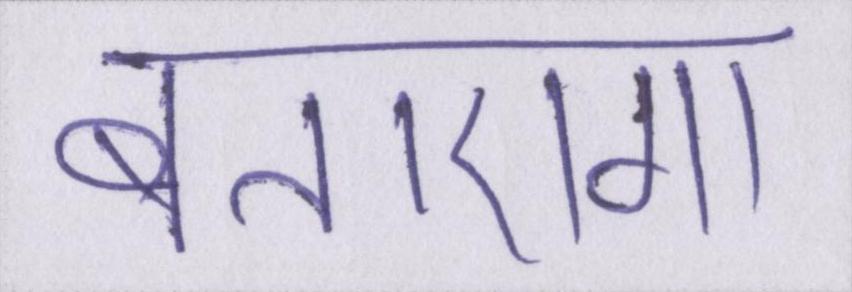
बताएगा